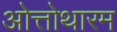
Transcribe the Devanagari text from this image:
ओत्तोथारम